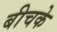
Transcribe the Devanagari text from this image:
बीचके